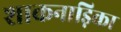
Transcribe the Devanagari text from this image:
शाकनाड़िका